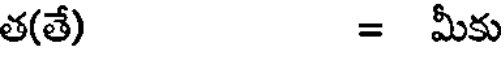
త(తే) = మీకు